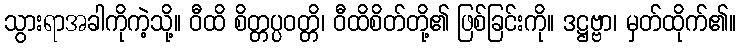
သွားရာအခါကိုကဲ့သို့။ ဝီထိ စိတ္တပ္ပဝတ္တိ၊ ဝီထိစိတ်တို့၏ ဖြစ်ခြင်းကို။ ဒဋ္ဌဗ္ဗာ၊ မှတ်ထိုက်၏။